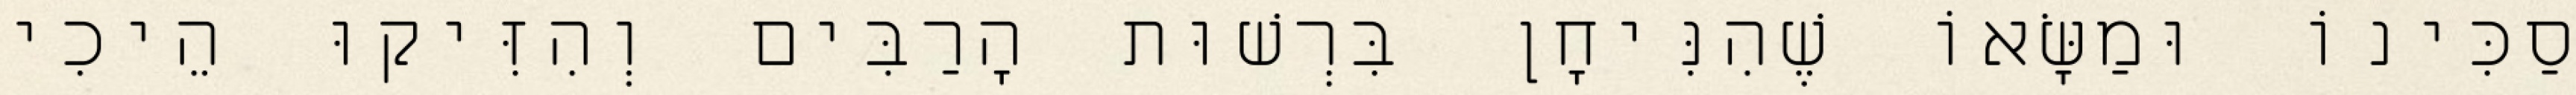
סַכִּינוֹ וּמַשָּׂאוֹ שֶׁהִנִּיחָן בִּרְשׁוּת הָרַבִּים וְהִזִּיקוּ הֵיכִי